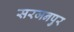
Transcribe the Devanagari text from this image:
सरजनपुर